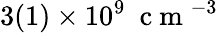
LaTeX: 3(1)\times 10^{9}~\mathrm{~c~m~}^{-3}